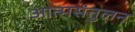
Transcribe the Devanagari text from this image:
आत्मसंतुलन